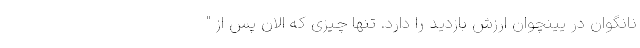
نانگوان در یینچوان ارزش بازدید را دارد. تنها چیزی که الان پس از "